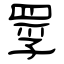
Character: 罦